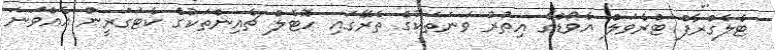
ޓެލެގްރާފް ޓްރެވަލް އެވޯޑްގެ އިތުރު ވަނަތަކުގެ ތެރޭގައި ހޮޓެލް ޗެއިންތަކުގެ ކެޓަގަރީން އެއްވަނަ